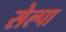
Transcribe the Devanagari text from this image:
सेल्पा